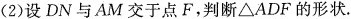
(2)设DN与AM交于点F，判断\triangle ADF的形状。